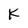
Character: K